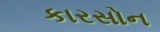
કારસોન